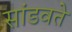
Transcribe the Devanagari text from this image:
सांडवते